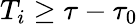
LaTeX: T_{i}\ge\tau-\tau_{0}